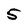
Character: 5